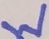
Text: W